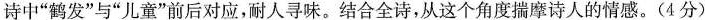
诗中”鹤发”与”儿童”前后对应，耐人寻味。结合全诗，从这个角度揣摩诗人的情感。(4分)